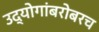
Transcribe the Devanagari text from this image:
उद्योगांबरोबरच